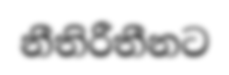
නීතිරීතීනට